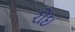
રોઇ